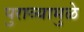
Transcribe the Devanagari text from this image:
पुराव्यामुळे